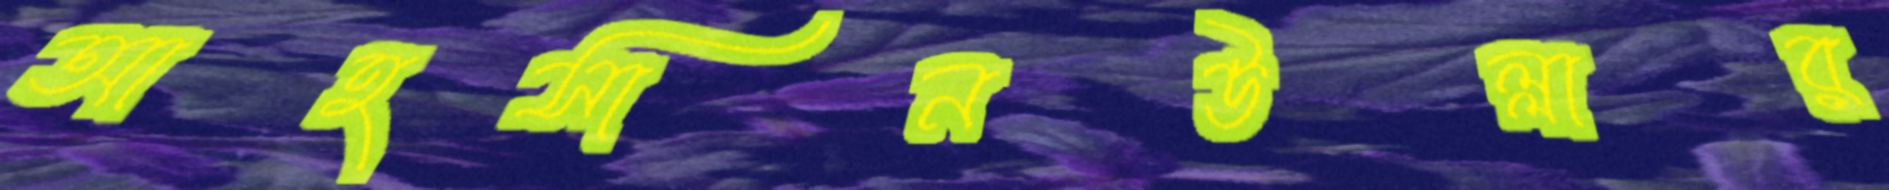
আহসানউল্লার